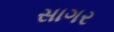
સાગર